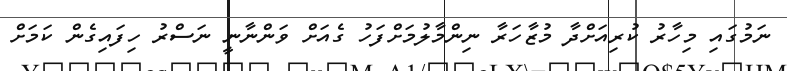
ނަމުގައި މިހާރު ކުރިއަށްދާ މުޒާހަރާ ނިންމާލުމަށްފަހު ގެއަށް ވަންނާނީ ނަސްރު ހިފައިގެން ކަމަށް